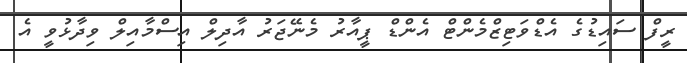
ރީފް ސައިޑުގެ އެޑްވަޓިޒްމެންޓް އެންޑް ޕީއާރު މެނޭޖަރު އާދިލް އިސްމާއިލް ވިދާޅުވީ އެ